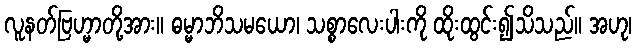
လူနတ်ဗြဟ္မာတို့အား။ ဓမ္မာဘိသမယော၊ သစ္စာလေးပါးကို ထိုးထွင်း၍သိသည်။ အဟု၊